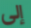
إلى